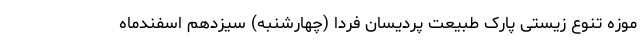
موزه تنوع زیستی پارک طبیعت پردیسان فردا (چهارشنبه) سیزدهم اسفندماه